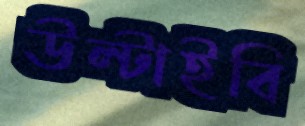
উল্‌টাইবি